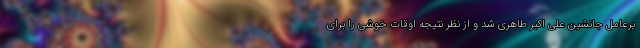
یرعامل جانشین علی اکبر طاهری شد و از نظر نتیجه اوقات خوشی را برای